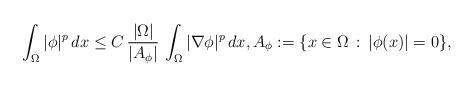
LaTeX: \begin{align*}\int_\Omega |\phi|^p\,dx\le C\,\frac{|\Omega|}{|A_\phi|}\,\int_\Omega |\nabla \phi|^p\,dx,A_\phi:=\{x\in\Omega\, :\, |\phi(x)|=0\},\end{align*}